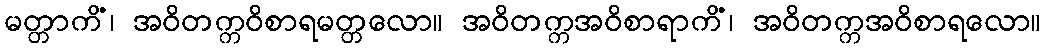
မတ္တာကိံ၊ အဝိတက္ကဝိစာရမတ္တလော။ အဝိတက္ကအဝိစာရာကိံ၊ အဝိတက္ကအဝိစာရလော။